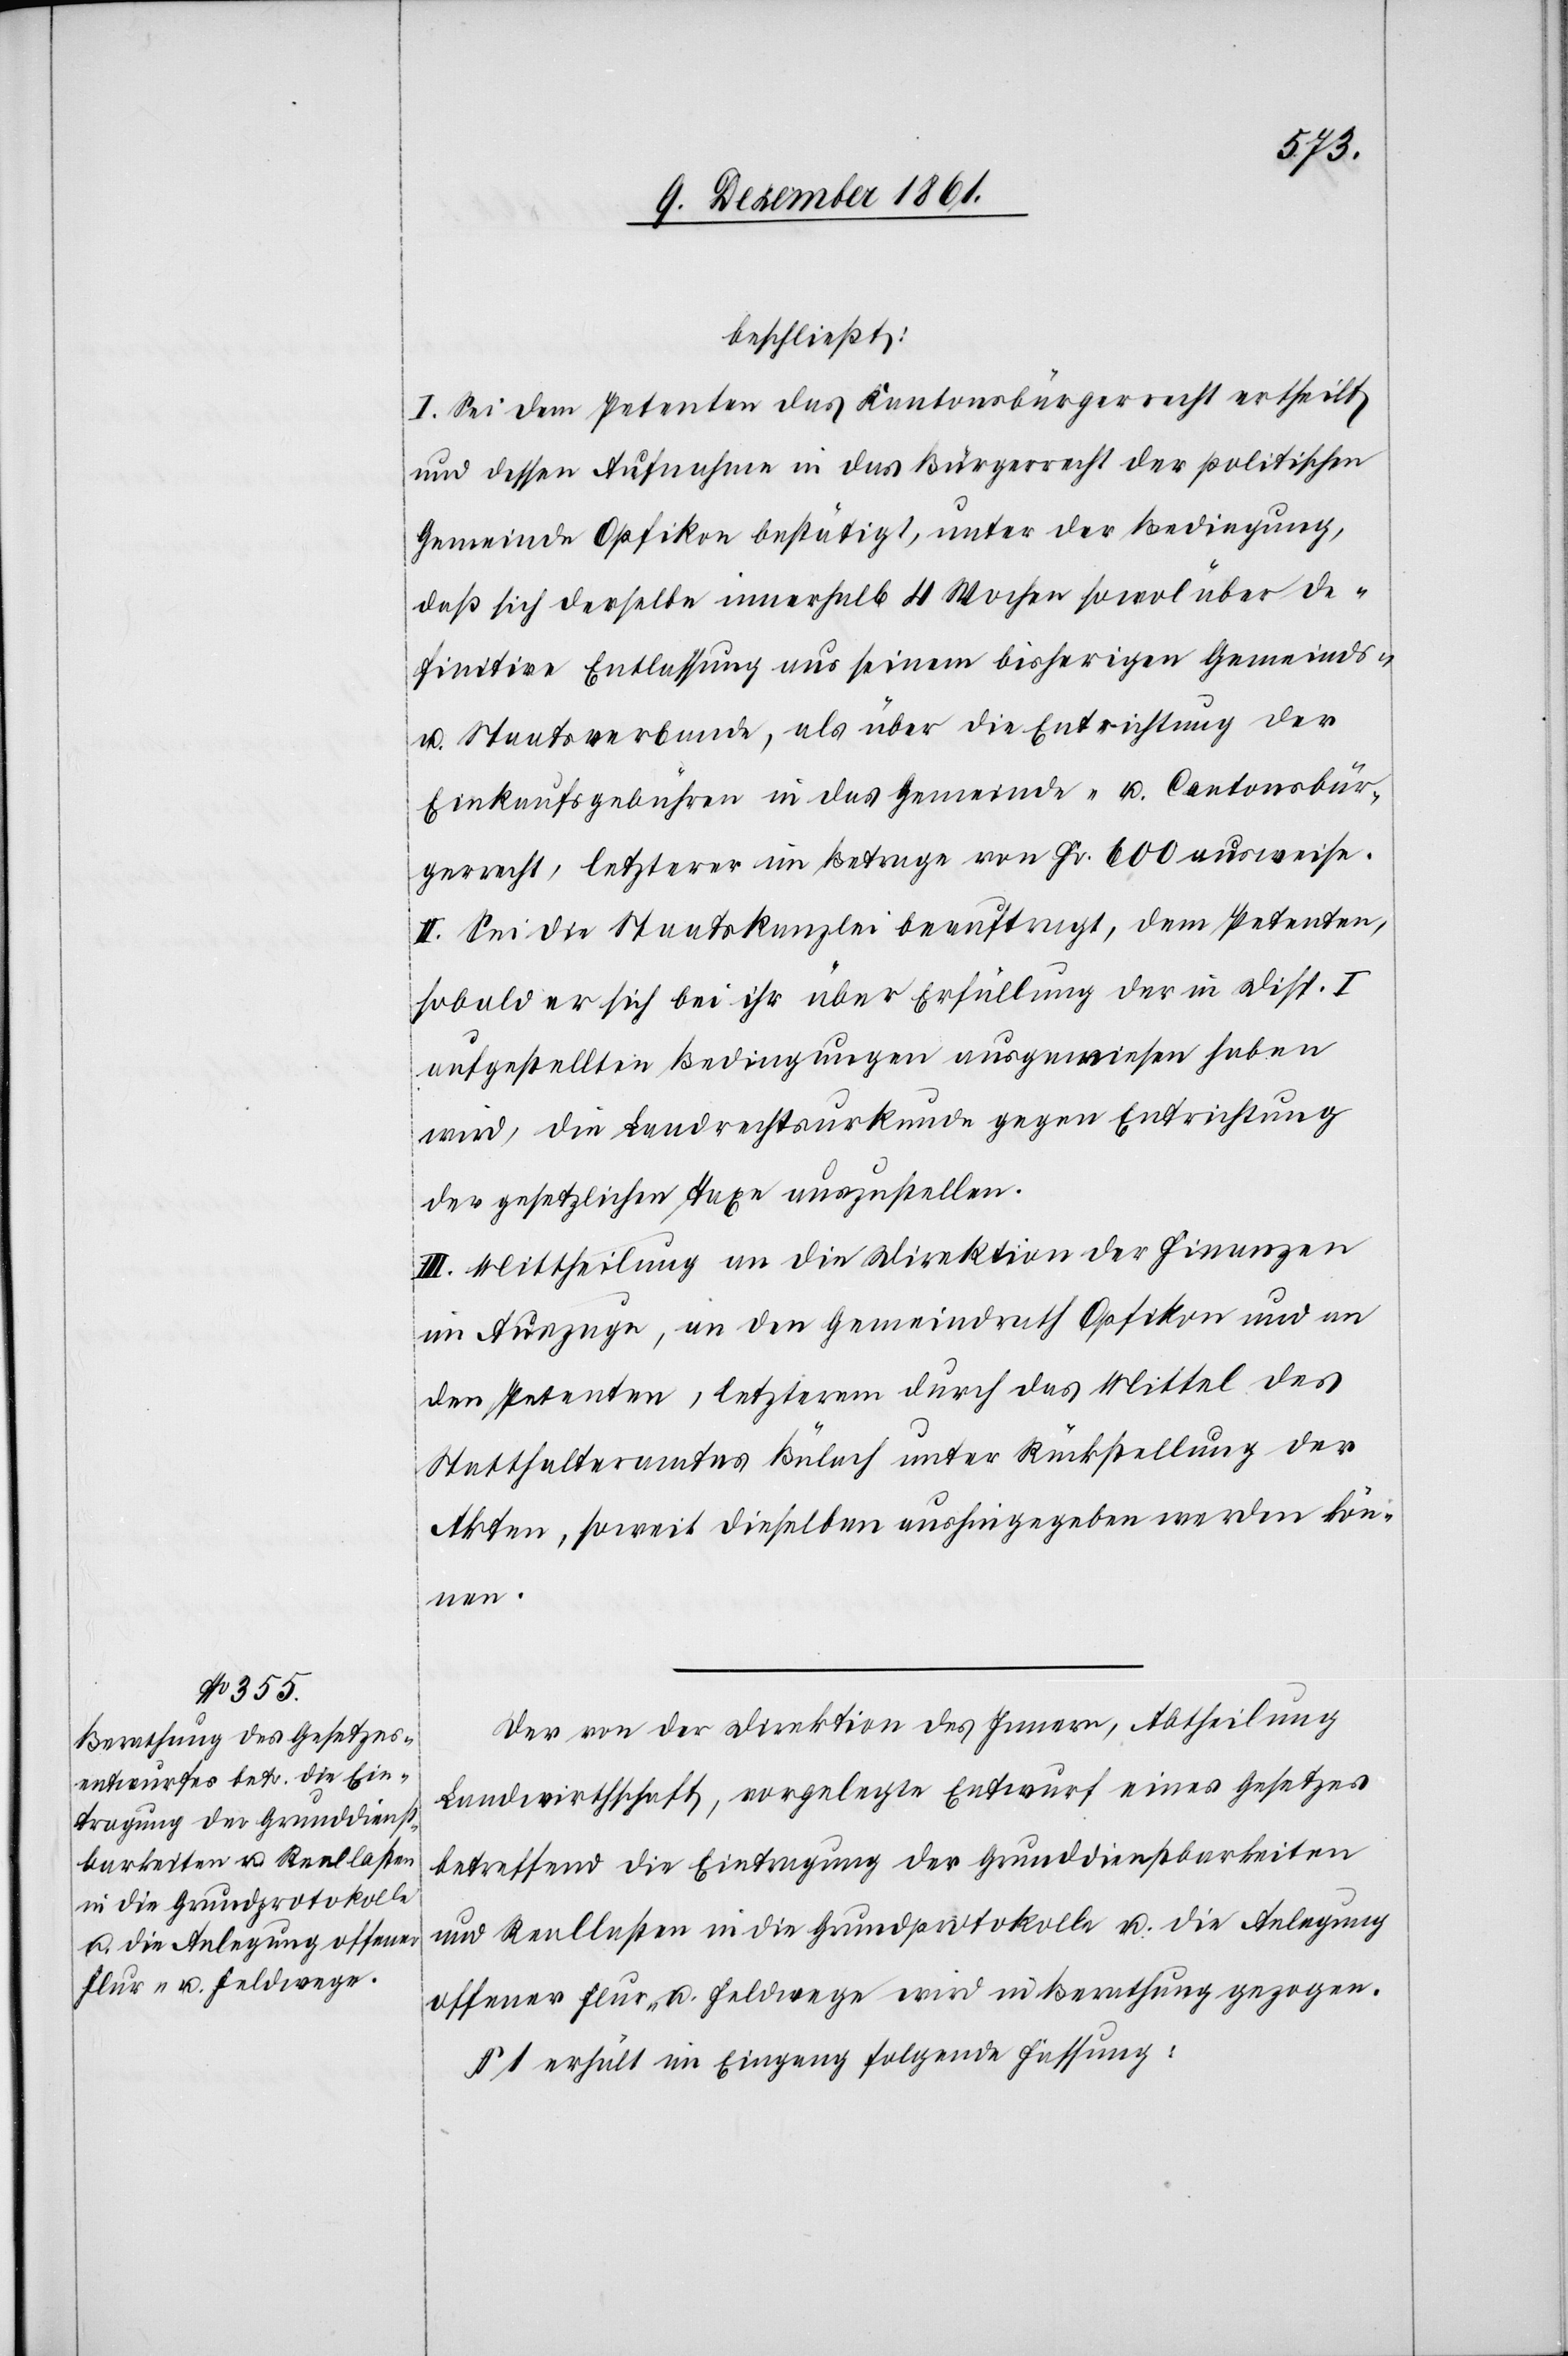
I. Sei dem Petenten das Kantonsbürgerrecht ertheilt
und dessen Aufnahme in das Bürgerrecht der politischen
Gemeinde Opfikon bestätigt, unter der Bedingung,
daß sich derselbe innerhalb 4 Wochen sowol über de¬
finitive Entlassung aus seinem bisherigen Gemeinds-
u. Staatsverbande, als über die Entrichtung der
Einkaufsgebühren in das Gemeinde- u. Cantonsbür¬
gerrecht, letzterer im Betrage von Fr. 600 ausweise.
II. Sei die Staatskanzlei beauftragt, dem Petenten,
sobald er sich bei ihr über Erfüllung der in Disp. I
aufgestellten Bedingungen ausgewiesen haben
wird, die Landrechtsurkunde gegen Entrichtung
der gesetzlichen Taxe auszustellen.
III. Mittheilung an die Direktion der Finanzen
im Auszuge, an den Gemeindrath Opfikon und an
den Petenten, letzterem durch das Mittel des
Statthalteramtes Bülach unter Rückstellung der
Akten, soweit dieselben aushingegeben werden kön¬
nen.
Der von der Direktion des Innern, Abtheilung
Landwirthschaft, vorgelegte Entwurf eines Gesetzes
betreffend die Eintragung der Grunddienstbarkeiten
und Reallasten in die Grundprotokolle u. die Anlegung
offener Flur- u. Feldwege wird in Berathung gezogen.
§ 1 erhält im Eingang folgende Fassung: